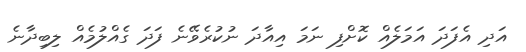
އަދި އެފަދަ އަމަލެއް ކޮށްފި ނަމަ އިއާދަ ނުކުރެވޭނެ ފަދަ ގެއްލުމެއް ލިބިދާނެ